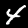
Digit: 4